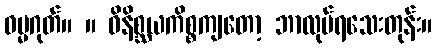
ဓမ္မဂုတ်။ ။ ဝိနိစ္ဆယကိစ္စကျတော့ ဘာလုပ်ရသေးတုန်း။